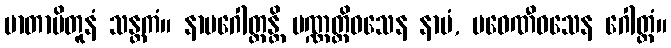
မာတာပိတူနံ သန္တကံ။ နာမဂေါတ္တန္တိ ပဏ္ဏတ္တိဝသေန နာမံ, ပဝေဏီဝသေန ဂေါတ္တံ။